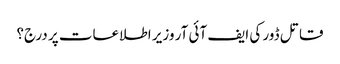
قاتل ڈور کی ایف آئی آر وزیر اطلاعات پر درج؟